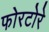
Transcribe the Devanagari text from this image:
फोरटोरे